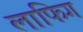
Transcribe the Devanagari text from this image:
लाफिग